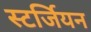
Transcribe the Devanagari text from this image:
स्टर्जियन